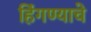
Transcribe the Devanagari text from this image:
हिंगण्याचे